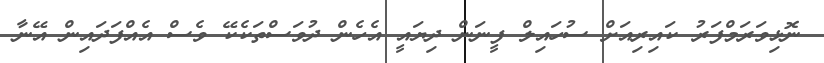
ނޮޅިވަރަމްފަރު ކައިރިއަށް ސުހައިލް ފީނަން ދިޔައީ އެހެން ދުވަސްތަކެކޭ ވެސް އެއްފަދައިން އޭނާ